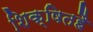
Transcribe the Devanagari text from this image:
शिक्षितहै